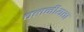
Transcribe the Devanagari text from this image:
चलनीयता